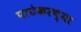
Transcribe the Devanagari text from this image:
पाटेकरच्या